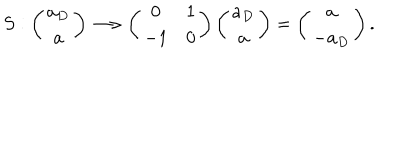
S : \left( \begin{array} { c } { { a _ { D } } } \\ { { a } } \\ \end{array} \right) \longrightarrow \left( \begin{array} { c c } { { 0 } } & { { 1 } } \\ { { - 1 } } & { { 0 } } \\ \end{array} \right) \left( \begin{array} { c } { { a _ { D } } } \\ { { a } } \\ \end{array} \right) = \left( \begin{array} { c } { { a } } \\ { { - a _ { D } } } \\ \end{array} \right) .